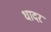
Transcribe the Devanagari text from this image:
धादर